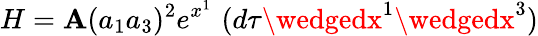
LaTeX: H=\mathbf{A}(a_{1}a_{3})^{2}e^{x^{1}}\, \, (d\tau\wedgedx^{1}\wedgedx^{3})